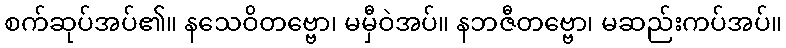
စက်ဆုပ်အပ်၏။ နသေဝိတဗ္ဗော၊ မမှီဝဲအပ်။ နဘဇီတဗ္ဗော၊ မဆည်းကပ်အပ်။